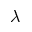
\lambda